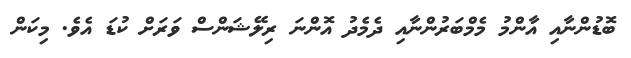
ބޮޑުންނާއި އާންމު މެމްބަރުންނާއި ދެމެދު އޮންނަ ރިލޭޝަންސް ވަރަށް ކުޑަ އެވެ. މިކަން